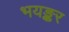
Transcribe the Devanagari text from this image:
भयङ्कर